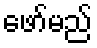
ဖော်မည်